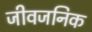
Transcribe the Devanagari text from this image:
जीवजनिक